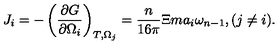
J _ { i } = - \left( \frac { \partial G } { \partial \Omega _ { i } } \right) _ { T , \Omega _ { j } } = \frac n { 1 6 \pi } \Xi m a _ { i } \omega _ { n - 1 } , ( j \neq i ) .